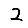
Digit: 2